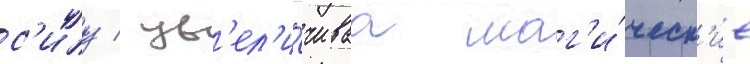
с'илу / ув'ел'и́чиваа маг'и́ческ'ие